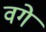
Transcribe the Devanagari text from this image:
वगे